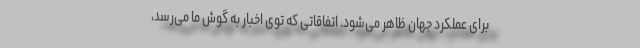
برای عملکرد جهان ظاهر می‌شود. اتفاقاتی که توی اخبار به گوش ما می‌رسد،